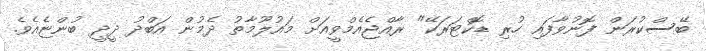
ބޭސްކުރަން ފޮނުވާފައި ހުރި ޑޮކްޓަރަކޭ" ރާއްޖެއެމްވީއަށް މައުލޫމާތު ދެމުން އަބްދު ދީދީ ބުންޏެއެވެ.